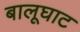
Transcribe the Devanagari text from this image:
बालूघाट